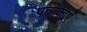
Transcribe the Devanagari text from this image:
पताकाएं